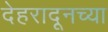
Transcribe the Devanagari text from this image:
देहरादूनच्या